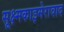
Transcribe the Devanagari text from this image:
सूक्ष्मकाइमेरावाद